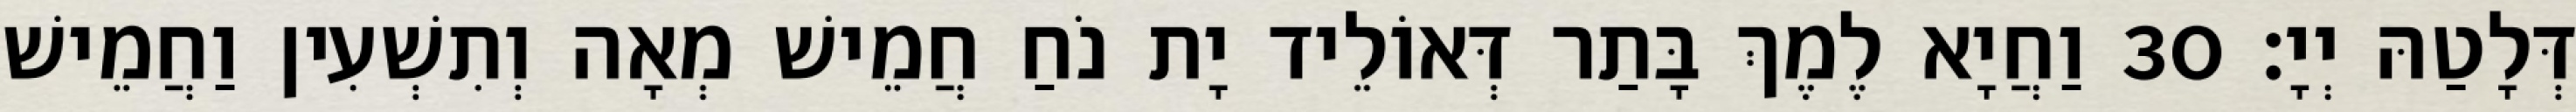
דְּלָטַהּ יְיָ׃ 30 וַחֲיָא לֶמֶךְ בָּתַר דְּאוֹלֵיד יָת נֹחַ חֲמֵישׁ מְאָה וְתִשְׁעִין וַחֲמֵישׁ